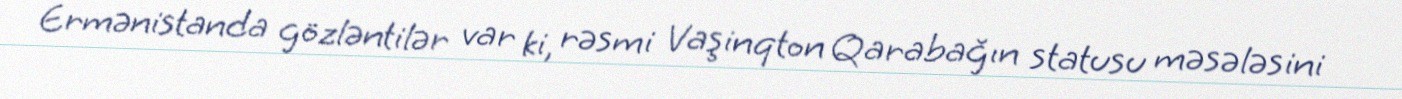
Ermənistanda gözləntilər var ki, rəsmi Vaşinqton Qarabağın statusu məsələsini